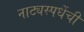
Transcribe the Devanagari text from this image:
नाट्यस्पर्धेची